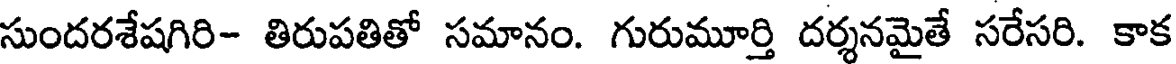
సుందరశేషగిరి- తిరుపతితో సమానం. గురుమూర్తి దర్శనమైతే సరేసరి. కాక